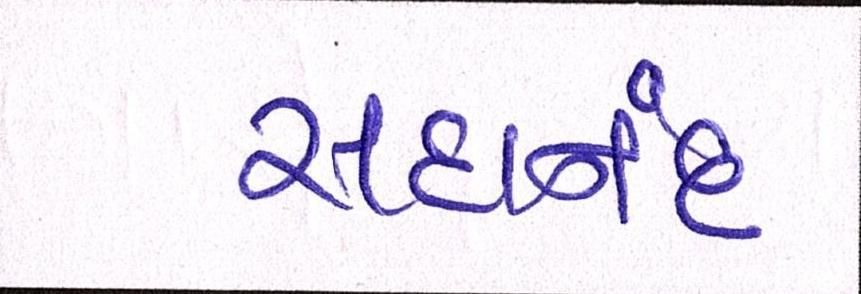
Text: સદાનંદ